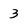
Character: 3